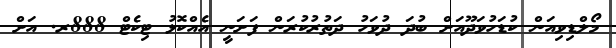
މޯލްޑިވިއަން ކުޑަހުވަދޫއަށް ބުދަ ދުވަހު ދަތުރުކުރަން ފަށަނީ އެއްކޮޅު ޓިކެޓް 888ރ. އަށް